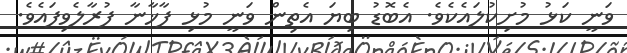
ވަނީ ކަޅު މުށިކުލައެކެވެ. އެބޮޑު ބިޔަ އެތިން ވަނީ މުޅި ފާޚާނާ ފުރާލެވިފައެވެ.